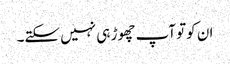
ان کوتو آپ چھوڑ ہی نہیں سکتے۔